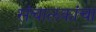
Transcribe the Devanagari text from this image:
संचालकांचा